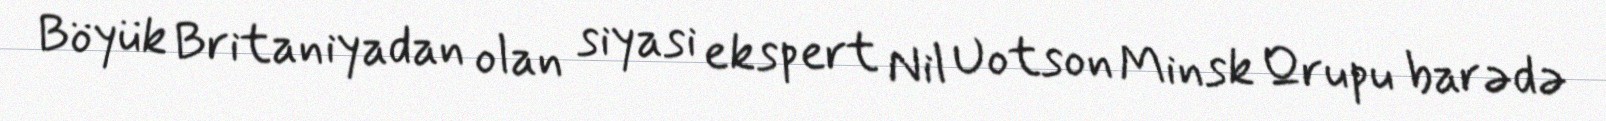
Böyük Britaniyadan olan siyasi ekspert Nil Uotson Minsk Qrupu barədə